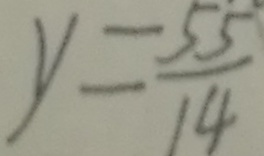
y = \frac { 5 5 } { 1 4 }